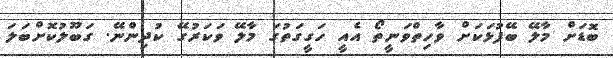
ބޮޑަށް މާލޭ ބޭފުޅަކަށް ވާހިތްވަނީތޯ އެއީ ހަގީގަތުގަ މާލޭ ވަކަރުގޭ ކުދިންނޭ. ގަބޫލުކޮށްބަލަ